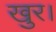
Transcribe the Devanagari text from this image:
खुर।